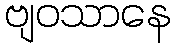
ဗျဝသာနေ